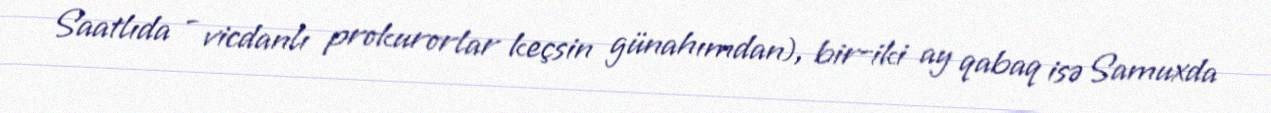
Saatlıda - vicdanlı prokurorlar keçsin günahımdan), bir-iki ay qabaq isə Samuxda